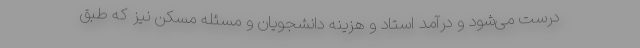
درست می‌شود و درآمد استاد و هزینه دانشجویان و مسئله مسکن نیز که طبق